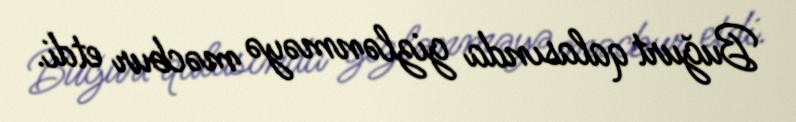
Buğurt qalasında gizlənməyə məcbur etdi.